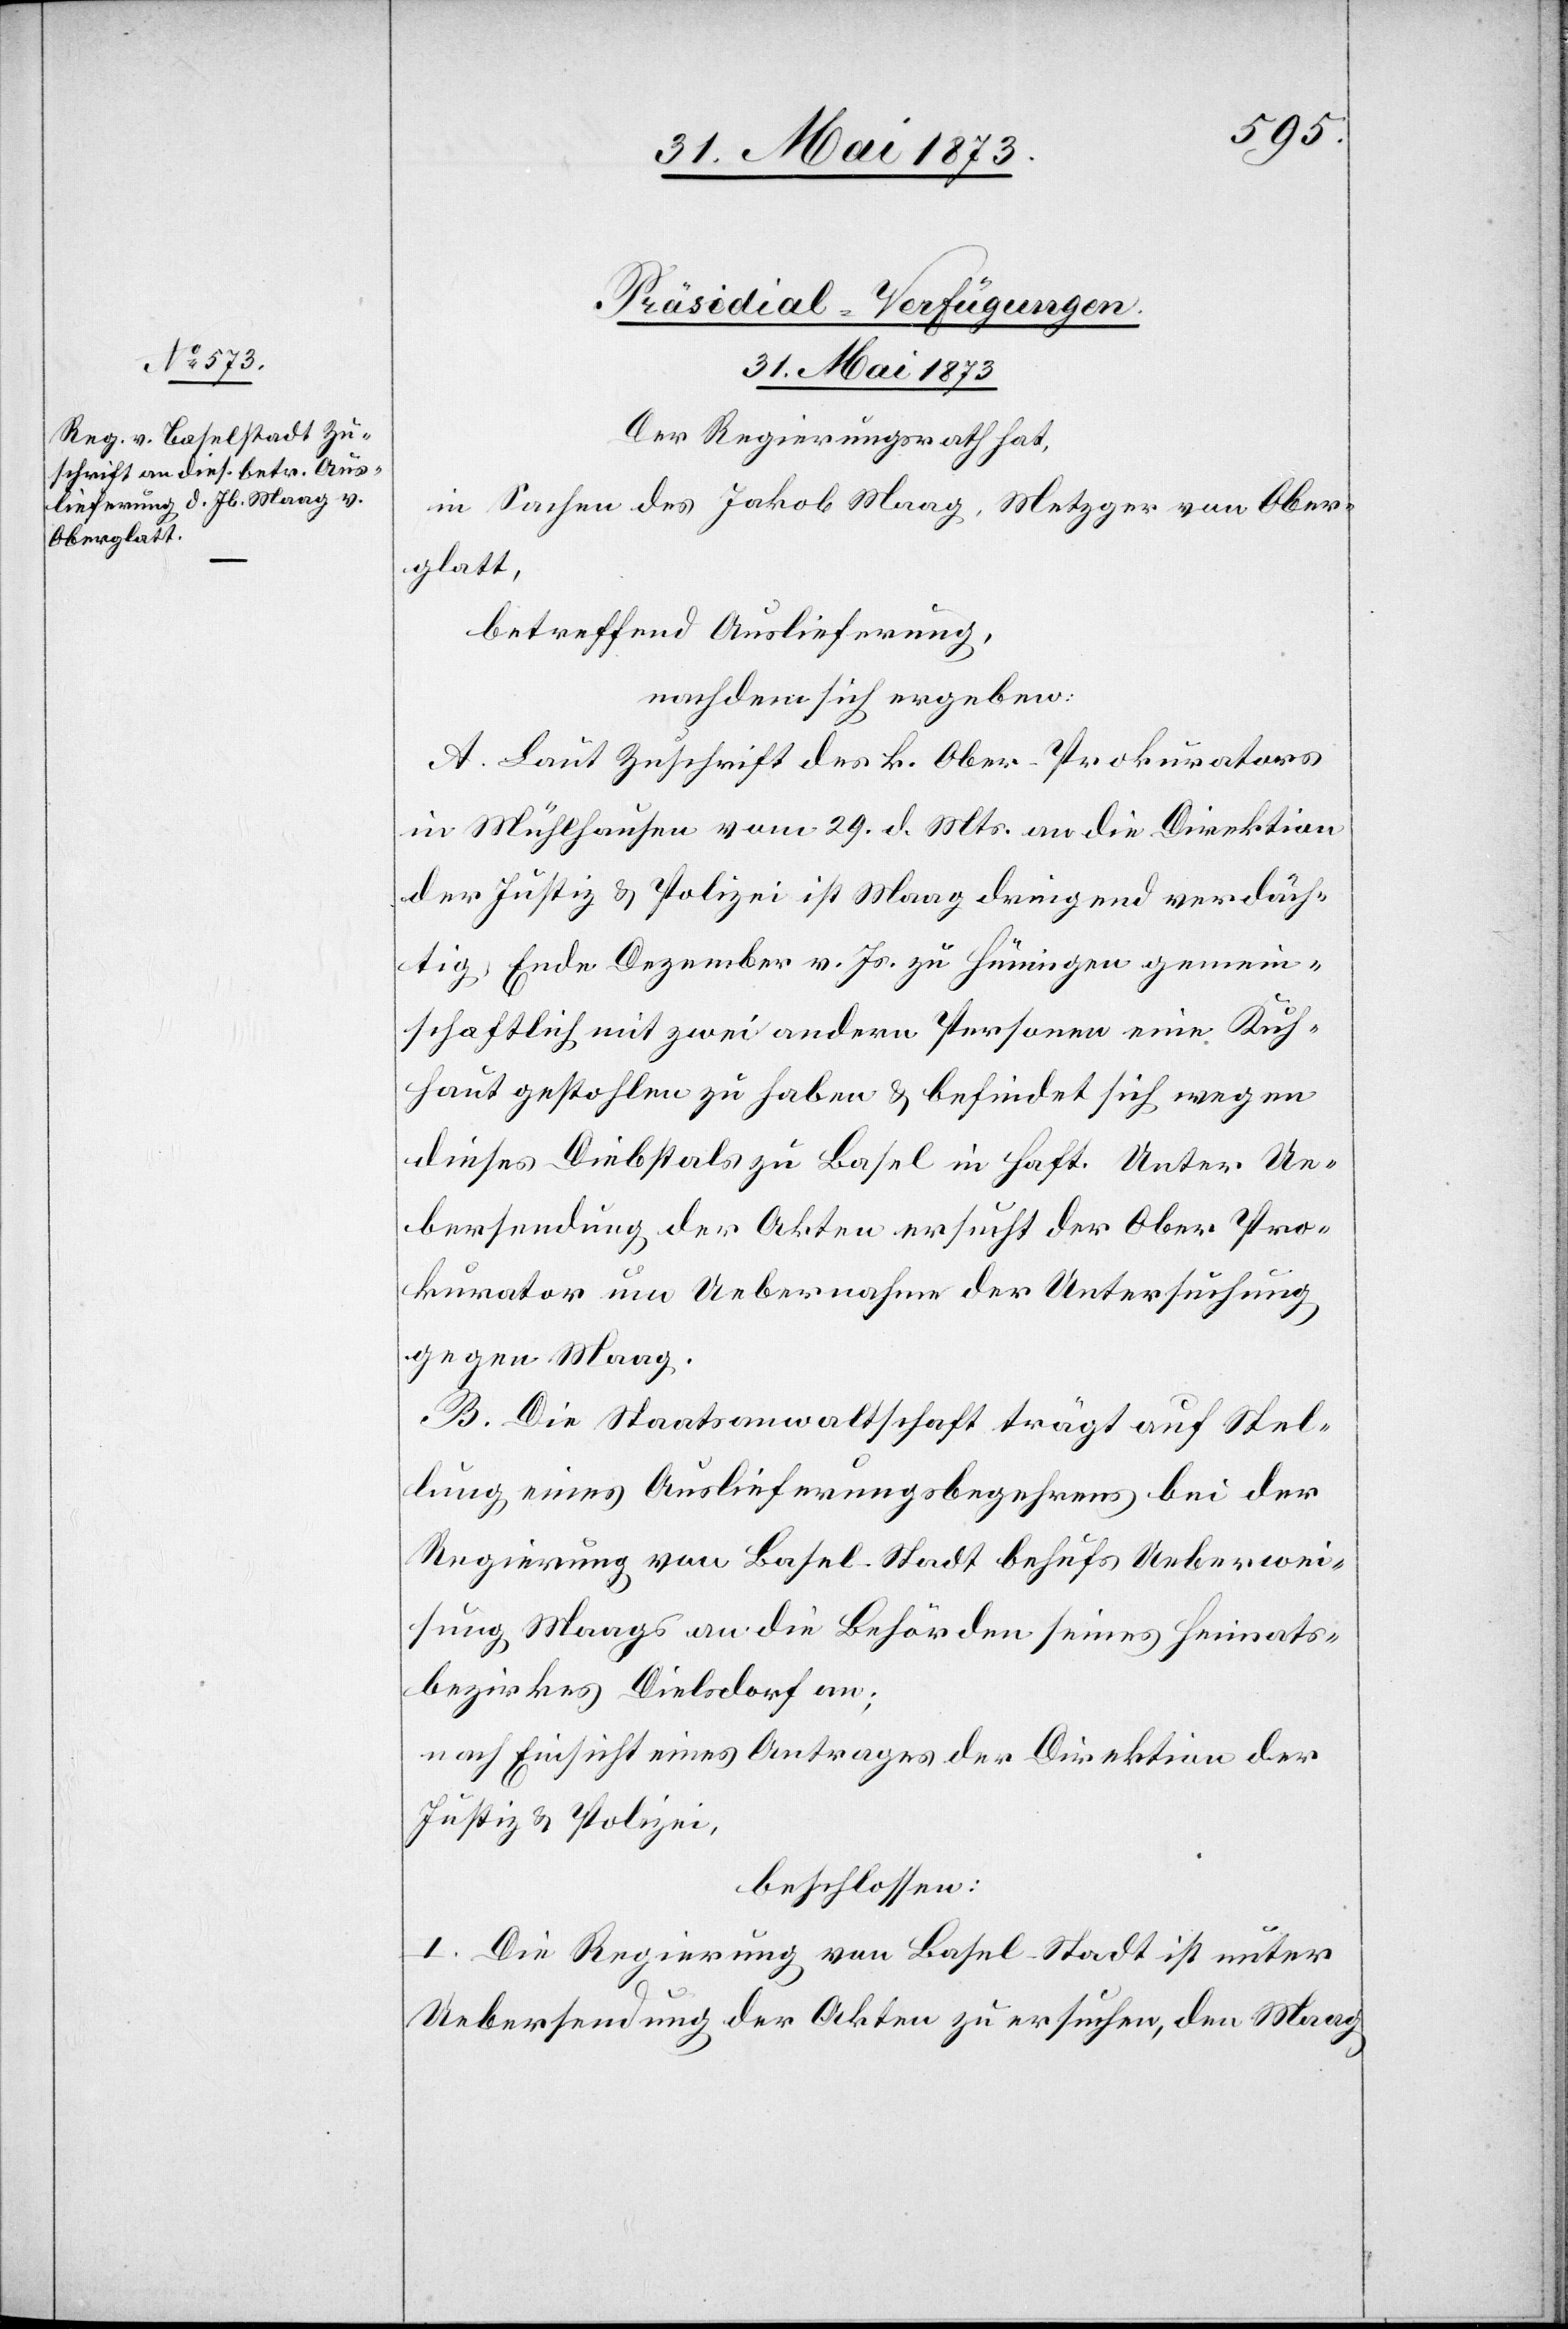
Präsidial-Verfügungen.
31. Mai 1873
Der Regierungsrath hat,
in Sachen des Jakob Maag, Metzger von Ober¬
glatt,
betreffend Auslieferung,
nachdem sich ergeben:
A. Laut Zuschrift des k. Ober-Prokurators
in Mühlhausen vom 29. d. Mts. an die Direktion
der Justiz & Polizei ist Maag dringend verdäch¬
tig, Ende Dezember v. Js. zu Hüningen gemein¬
schaftlich mit zwei andern Personen eine Kuh¬
haut gestohlen zu haben & befindet sich wegen
dieses Diebstals zu Basel in Haft. Unter Ue¬
bersendung der Akten ersucht der Ober Pro¬
kurator [sic!] nun Uebernahme der Untersuchung
gegen Maag.
B. Die Staatsanwaltschaft trägt auf Stel¬
lung eines Auslieferungsbegehrens bei der
Regierung von Basel-Stadt behufs Ueberwei¬
sung Maags an die Behörden seines Heimats¬
bezirkes Dielsdorf an;
nach Einsicht eines Antrages der Direktion der
Justiz & Polizei,
beschlossen:
I. Die Regierung von Basel-Stadt ist unter
Uebersendung der Akten zu ersuchen, den Maag